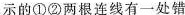
示的①②两根连线有一处错